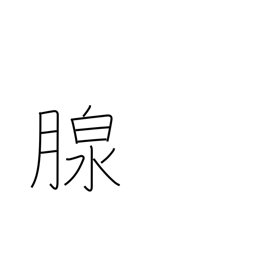
Meaning: gland